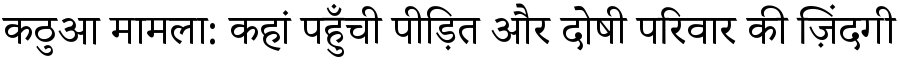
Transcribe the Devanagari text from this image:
कठुआ मामला: कहां पहुँची पीड़ित और दोषी परिवार की ज़िंदगी